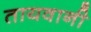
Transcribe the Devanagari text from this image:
तायवानी